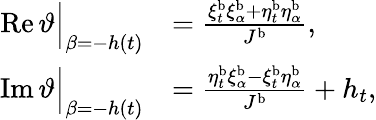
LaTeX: \begin{array}{rl}{\operatorname{Re}\vartheta\Big|_{\beta=-h(t)}}&{=\frac{\xi_{t}^{\mathrm{b}}\xi_{\alpha}^{\mathrm{b}}+\eta_{t}^{\mathrm{b}}\eta_{\alpha}^{\mathrm{b}}}{J^{\mathrm{b}}},}\\ {\operatorname{Im}\vartheta\Big|_{\beta=-h(t)}}&{=\frac{\eta_{t}^{\mathrm{b}}\xi_{\alpha}^{\mathrm{b}}-\xi_{t}^{\mathrm{b}}\eta_{\alpha}^{\mathrm{b}}}{J^{\mathrm{b}}}+h_{t},}\end{array}